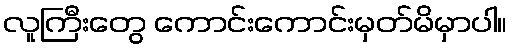
လူကြီးတွေ ကောင်းကောင်းမှတ်မိမှာပါ။